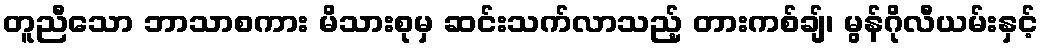
တူညီသော ဘာသာစကား မိသားစုမှ ဆင်းသက်လာသည့် တားကစ်ချ်၊ မွန်ဂိုလီယမ်းနှင့်